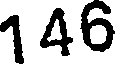
146